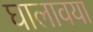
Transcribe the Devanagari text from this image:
घालावया